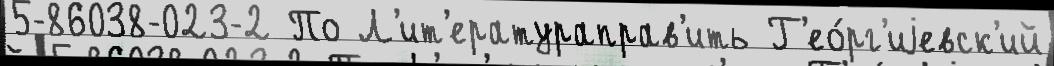
5-86038-023-2 По Л'ит'ератураправ'ить Г'ео́рг'иjевск'ий